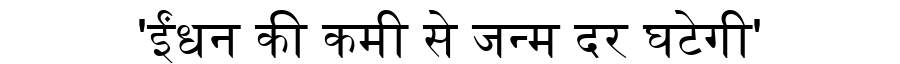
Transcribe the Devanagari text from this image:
'ईंधन की कमी से जन्म दर घटेगी'